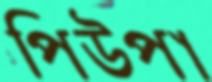
পিউপা